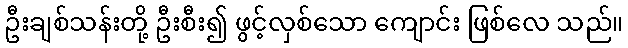
ဦးချစ်သန်းတို့ ဦးစီး၍ ဖွင့်လှစ်သော ကျောင်း ဖြစ်လေ သည်။